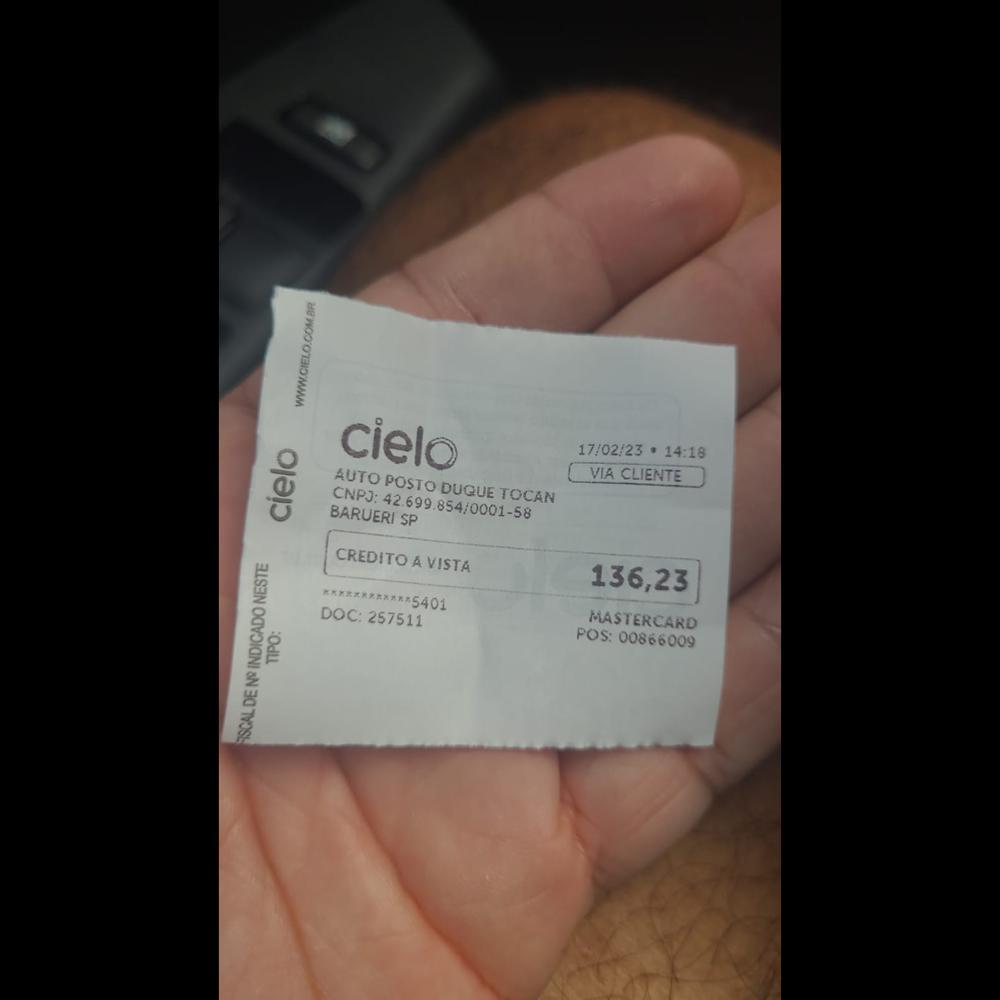
cielo AUTO POSTO CNPJ: BARUERI 42699.854/0001-58 SP CREDITO A VISTA DOC: 257511 17/02/23 . 14:18 VIA CLIENTE DUQUE TOCAN 136,23 MASTERCARD POS: 00866009 5401